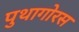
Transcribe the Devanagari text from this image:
पुथागोरस